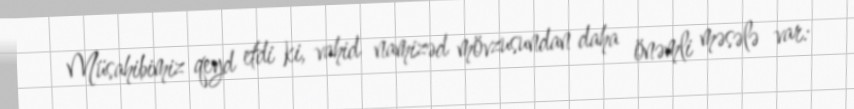
Müsahibimiz qeyd etdi ki, vahid namizəd mövzusundan daha önəmli məsələ var: